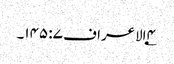
۴؂الاعراف ۷: ۱۴۵۔